Annual report on the lock hospitals of the Madras Presidency
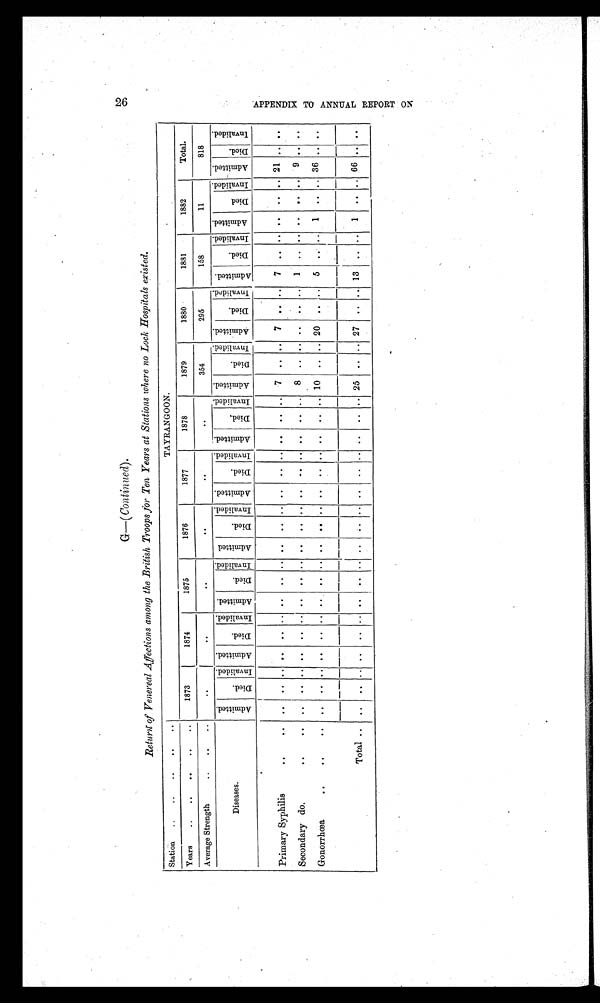
2 6 A P P E N D I X T O A N N U A L R E P O R T O N
G—( Continued).
Return of Venereal Affections among the British Troops for Ten Years at Stations where no Lock Hospitals existed.
Station
..
..
.. .. ..
TAYRANGOON.
Years
..
..
.. .. ..
1873
1874
1875
1876
1877
1878
1879
1880
1881
1882
Total.
Average Strength
..
..
..
..
..
..
..
..
..
354
295
158
11
818
Diseases.
A d m i t t e d .
D i e d .
Invalided. A d m i t t e d .
D i e d .
Invalided. A d m i t t e d .
D i e d .
I n v a l i d e d . A d m i t t e d .
D i e d .
I n v a l i d e d . A d m i t t e d .
D i e d .
I n v a l i d e d . A d m i t t e d .
D i e d .
I n v a l i d e d . A d m i t t e d .
D i e d .
I n v a l i d e d .
A d m i t t e d .
D i e d .
I n v a l i d e d .
A d m i t t e d .
D i e d .
Invalided. A d m i t t e d .
D i e d .
Invalided. A d m i t t e d .
Died.
I n v a l i d e d .
Primary Syphilis
.. ..
. .
..
. . . .
. .
. . . .
. .
. . . .
. .
. . . .
. .
. . . .
. .
. . 7
. .
. . 7
. .
. . 7
. .
. . . .
. .
. . 21
. . . .
Secondary do.
.. ..
. .
. .
. . . .
. .
. . . .
. .
. . . .
. .
. . . .
. .
. . . .
. .
. . 8
. .
. .
. .
. . ..
1
. .
. . . .
. .
. .
9
. . . .
Gonorrhœa
..
..
..
. .
. .
. . . .
. .
. .
. . . .
. . . .
. .
. . . .
. .
. . . .
. .
. . 10 .. .. 20
. .
. . 5
. .
. . 1
..
.. 36
. . . .
Total ..
. .
. .
. . . .
. .
. . . .
. . . .
. .
. . . . . .
. .
. . . .
. .
. . 25
. .
. . 27
. .
. . 13
. .
. . 1
. . .. 66
. . ..